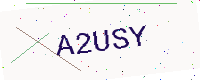
Text: A2USY